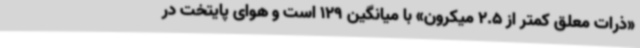
«ذرات معلق کمتر از 2.5 میکرون» با میانگین 129 است و هوای پایتخت در